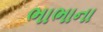
ભાભાના